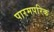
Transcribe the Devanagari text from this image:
पारमपरिक